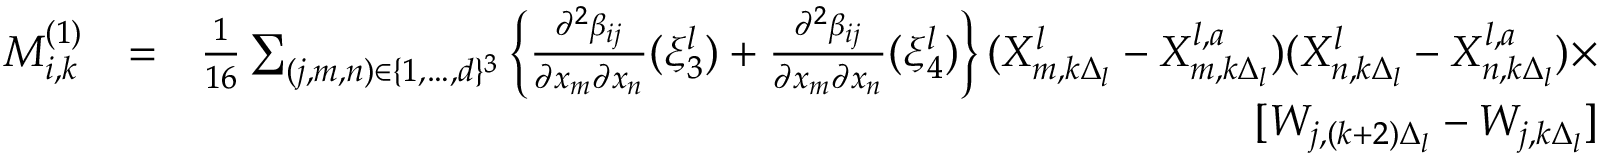
\begin{array} { r l r } { M _ { i , k } ^ { ( 1 ) } } & { = } & { \frac { 1 } { 1 6 } \sum _ { ( j , m , n ) \in \{ 1 , \dots , d \} ^ { 3 } } \left\{ \frac { \partial ^ { 2 } \beta _ { i j } } { \partial x _ { m } \partial x _ { n } } ( \xi _ { 3 } ^ { l } ) + \frac { \partial ^ { 2 } \beta _ { i j } } { \partial x _ { m } \partial x _ { n } } ( \xi _ { 4 } ^ { l } ) \right\} ( X _ { m , k \Delta _ { l } } ^ { l } - X _ { m , k \Delta _ { l } } ^ { l , a } ) ( X _ { n , k \Delta _ { l } } ^ { l } - X _ { n , k \Delta _ { l } } ^ { l , a } ) \times } \\ & { } & { [ W _ { j , ( k + 2 ) \Delta _ { l } } - W _ { j , k \Delta _ { l } } ] } \end{array}